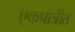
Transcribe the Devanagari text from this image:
एकपात्रीत